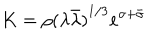
LaTeX: K = \rho { ( \lambda \bar { \lambda } ) } ^ { 1 / 3 } e ^ { \sigma + \bar { \sigma } }